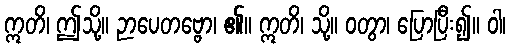
ဣတိ၊ ဤသို့။ ဉာပေတဗ္ဗော၊ ၏။ ဣတိ၊ သို့။ ဝတွာ၊ ပြောပြီး၍။ ဝါ၊